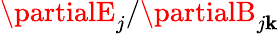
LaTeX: \partialE_{j}/\partialB_{j\mathbf{k}}